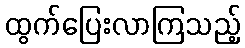
ထွက်ပြေးလာကြသည့်